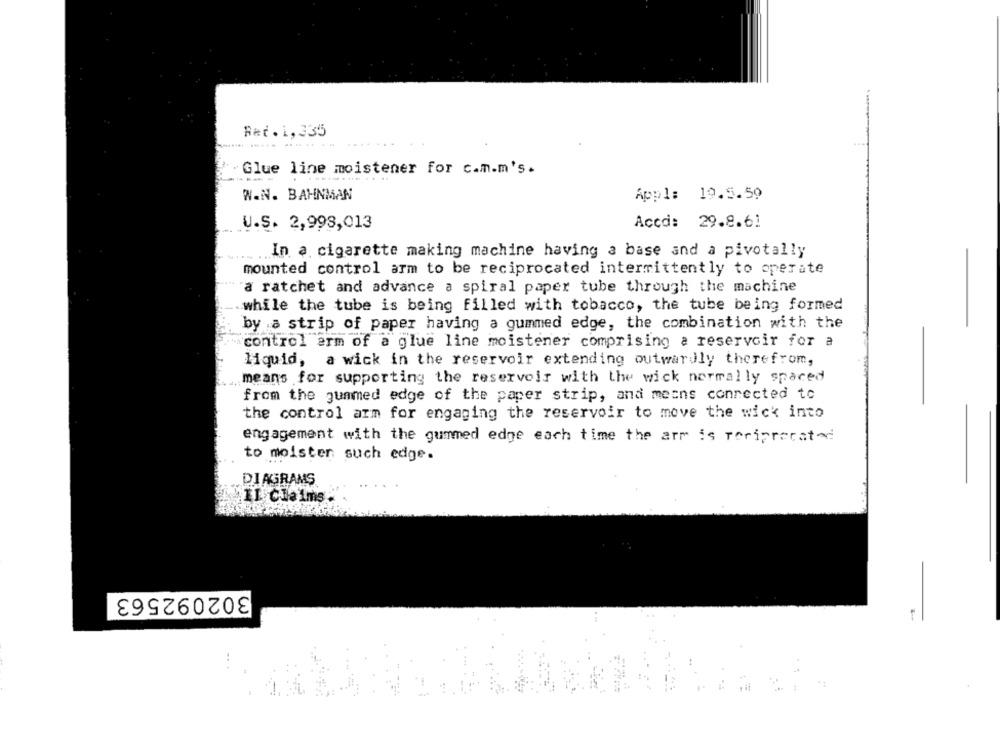
Ret.1,335
Glue line moistener for c.m.m's.
W.N. BAHNMAN
Appl: 19.5.59
U.S. 2,998,013
Accd: 29.8.61
In a cigarette making machine having a base and a pivotally
mounted control arm to be reciprocated intermittently to operate
a ratchet and advance a spiral paper tube through the machine
while the tube is being filled with tobacco, the tube being formed
by a strip of paper having a gummed edge, the combination with the
control arm of a glue line moistener comprising a reservoir for a
liquid, a wick in the reservoir extending outwardly therefrom,
means for supporting the reservoir with the wick normally spaced
from the gunmed edge of the paper strip, and means connected to
the control arm for engaging the reservoir to move the wick into
engagement with the gummed edge each time the arm is Toriprorated
to moister such edge.
DIAGRAMS
11 Claims:
302092563